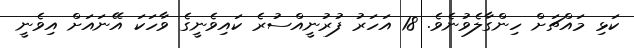
ކަޅި މައްޗަށް ހިންގާލެވުނެވެ. 18 އަހަރު ފުރުނީއްސުރެ ކައިވެނީގެ ވާހަކަ އޭނައަށް އިވެނީ